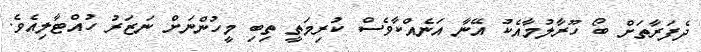
ދެފަރާތަށް ބޯ ހޫރާލުމާއެކު އޭނާ އަނެއްކާވެސް ކުރިމަތީ ތިބި މީހުންނަށް ނަޒަރު ހުއްޓާލިއެވެ.